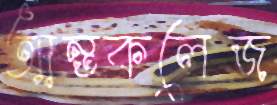
আন্তকলেজ